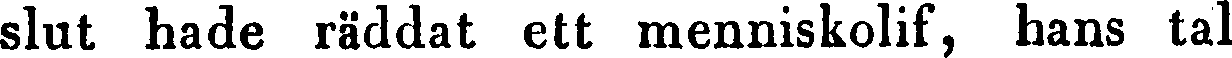
slut hade räddat ett menniskolif, hans tal